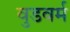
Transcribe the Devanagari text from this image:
वुडवर्म